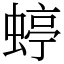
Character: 蝏